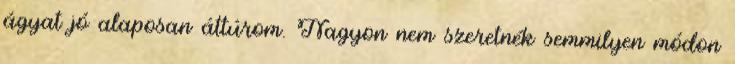
ágyat jó alaposan áttúrom. Nagyon nem szeretnék semmilyen módon